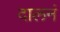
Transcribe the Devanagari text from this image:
दालनं